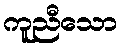
ကူညီသော